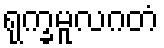
ရုက္ခမူလဂတံ